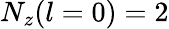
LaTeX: N_{z}(l=0)=2